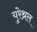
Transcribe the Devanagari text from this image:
युरेथ्रल